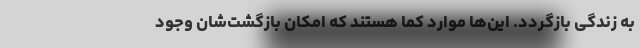
به زندگی بازگردد. این‌ها موارد کما هستند که امکان بازگشت‌شان وجود